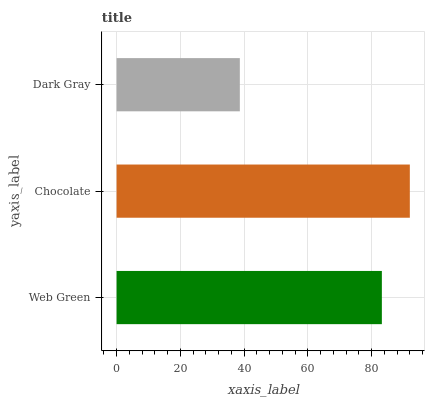
| yaxis_label | bars |
 | --- | --- |
 | Web Green | 83.2 |
 | Chocolate | 92 |
 | Dark Gray | 38.7 |